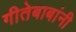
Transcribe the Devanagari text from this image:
गीतेबाबांनी